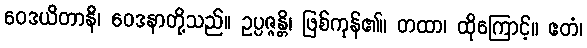
ဝေဒယိတာနိ၊ ဝေဒနာတို့သည်။ ဥပ္ပဇ္ဇန္တိ၊ ဖြစ်ကုန်၏။ တထာ၊ ထိုကြောင့်။ ဧတံ၊